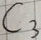
Text: C3